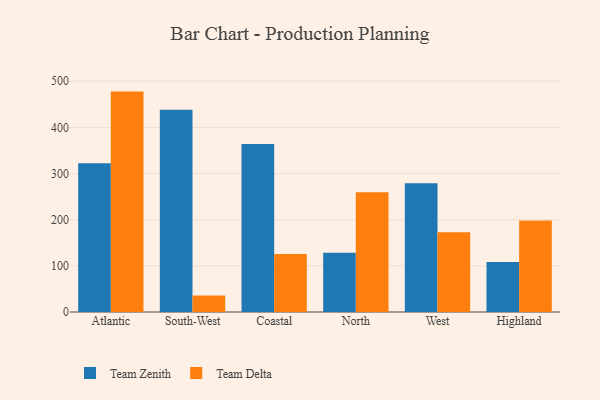
{"axis": {"x": "Region", "y": "Churn Rate (%)"}, "legend": ["Team Delta", "Team Zenith"], "data": [{"x": "Atlantic", "y": 322.0, "type": "Team Zenith"}, {"x": "Atlantic", "y": 477.5, "type": "Team Delta"}, {"x": "South-West", "y": 438.3, "type": "Team Zenith"}, {"x": "South-West", "y": 35.6, "type": "Team Delta"}, {"x": "Coastal", "y": 363.9, "type": "Team Zenith"}, {"x": "Coastal", "y": 125.6, "type": "Team Delta"}, {"x": "North", "y": 128.6, "type": "Team Zenith"}, {"x": "North", "y": 259.4, "type": "Team Delta"}, {"x": "West", "y": 279.0, "type": "Team Zenith"}, {"x": "West", "y": 172.9, "type": "Team Delta"}, {"x": "Highland", "y": 108.5, "type": "Team Zenith"}, {"x": "Highland", "y": 198.0, "type": "Team Delta"}]}